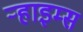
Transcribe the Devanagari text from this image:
ऱ्हाइम्स